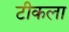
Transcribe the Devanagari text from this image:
टीकला